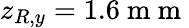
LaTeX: z_{R,y}=1.6\mathrm{~m~m~}